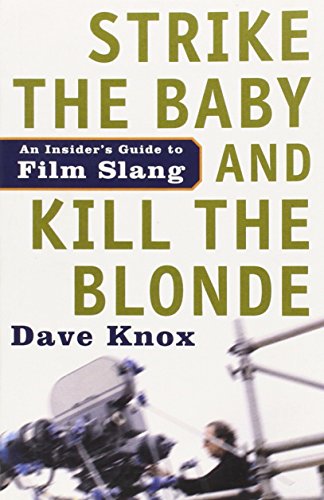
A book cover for Strike the Baby and Kill the Blonde: An Insider's Guide to Film Slang; Dave Knox; Humor & Entertainment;